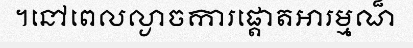
។នៅពេលល្ងាចការផ្តោតអារម្មណ៏